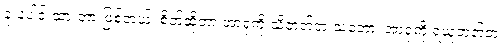
ခု ပေါင်းထားတာ ဖြစ်တယ်၊ စိတ်ဆိုတာ အာရုံကို သိတတ်တဲ့ သဘော၊ အာရုံကို ရယူတတ်တဲ့